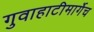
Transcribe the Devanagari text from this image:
गुवाहाटीमार्गेच